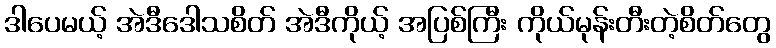
ဒါပေမယ့် အဲဒီဒေါသစိတ် အဲဒီကိုယ့် အပြစ်ကြီး ကိုယ်မုန်းတီးတဲ့စိတ်တွေ